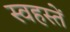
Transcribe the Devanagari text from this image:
स्वहस्तें